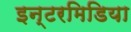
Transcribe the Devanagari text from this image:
इन्टरमिडिया